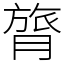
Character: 膂